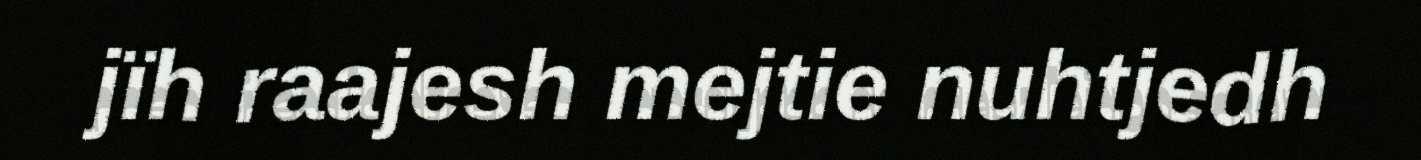
jïh raajesh mejtie nuhtjedh